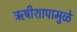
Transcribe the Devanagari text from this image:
ऋषीशापामुळे